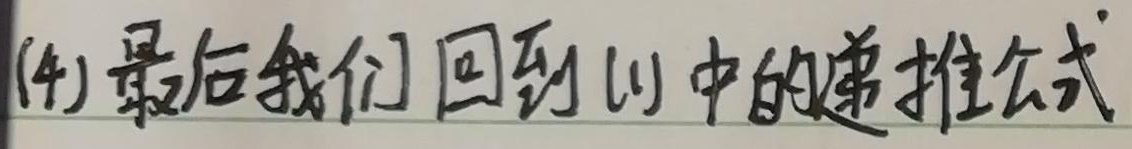
(4) 最后我们回到(1)中的递推公式